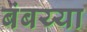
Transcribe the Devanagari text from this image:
बंबय्या